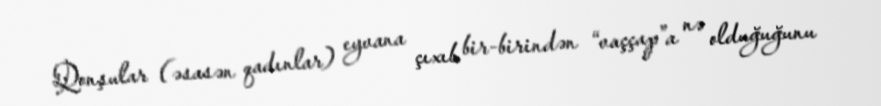
Qonşular (əsasən qadınlar) eyvana çıxıb bir-birindən “vaççap”a nə olduğuğunu